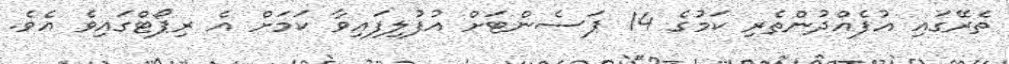
ތެރޭގައި އުފެއްދުންތެރި ކަމުގެ 14 ޕަސެންޓަށް އުފުލިފައިވާ ކަމަށް އެ ރިޕޯޓްގައިވެ އެވެ.